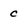
Character: c